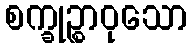
စက္ခုဉ္စာဝုသော